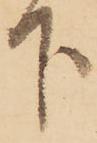
下